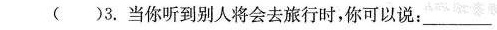
()3.当你听到别人将会去旅行时，你可以说：___